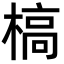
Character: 槁